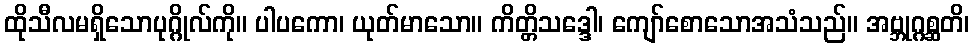
ထိုသီလမရှိသောပုဂ္ဂိုလ်ကို။ ပါပကော၊ ယုတ်မာသော။ ကိတ္တိသဒ္ဒေါ၊ ကျော်စောသောအသံသည်။ အဗ္ဘုဂ္ဂစ္ဆတိ၊